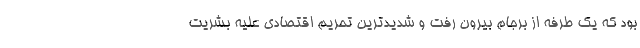
بود که یک طرفه از برجام بیرون رفت و شدیدترین تحریم اقتصادی علیه بشریت